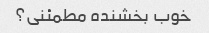
خوب بخشنده مطمئنی؟